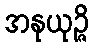
အနုယုဉ္ဇိ